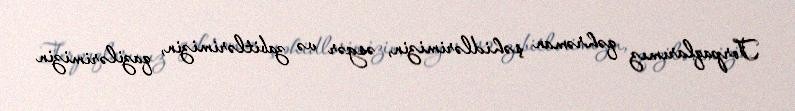
Torpaqlarımız qəhrəman şəhidlərimizin, əsgər və zabitlərimizin, qazilərimizin